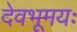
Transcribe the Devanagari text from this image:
देवभूमयः